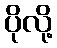
ပိုလို့